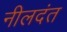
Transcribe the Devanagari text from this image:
नीलदंत